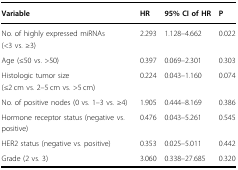
<table><thead><tr><td><b>Variable</b></td><td><b>HR</b></td><td><b>95% CI of HR</b></td><td><b>P</b></td></tr></thead><tbody><tr><td>No. of highly expressed miRNAs (&lt;3 vs. ≥3)</td><td>2.293</td><td>1.128–4.662</td><td>0.022</td></tr><tr><td>Age (≤50 vs. &gt;50)</td><td>0.397</td><td>0.069–2.301</td><td>0.303</td></tr><tr><td>Histologic tumor size (≤2 cm vs. 2–5 cm vs. &gt;5 cm)</td><td>0.224</td><td>0.043–1.160</td><td>0.074</td></tr><tr><td>No. of positive nodes (0 vs. 1–3 vs. ≥4)</td><td>1.905</td><td>0.444–8.169</td><td>0.386</td></tr><tr><td>Hormone receptor status (negative vs. positive)</td><td>0.476</td><td>0.043–5.261</td><td>0.545</td></tr><tr><td>HER2 status (negative vs. positive)</td><td>0.353</td><td>0.025–5.011</td><td>0.442</td></tr><tr><td>Grade (2 vs. 3)</td><td>3.060</td><td>0.338–27.685</td><td>0.320</td></tr></tbody></table>